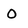
Character: O